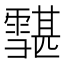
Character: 𩅷